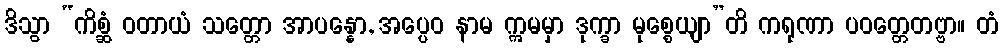
ဒိသွာ “ကိစ္ဆံ ဝတာယံ သတ္တော အာပန္နော, အပ္ပေဝ နာမ ဣမမှာ ဒုက္ခာ မုစ္စေယျာ”တိ ကရုဏာ ပဝတ္တေတဗ္ဗာ။ တံ